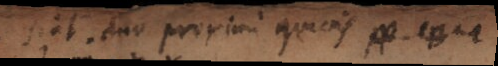
duo proximi